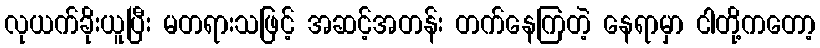
လုယက်ခိုးယူပြီး မတရားသဖြင့် အဆင့်အတန်း တက်နေကြတဲ့ နေရာမှာ ငါတို့ကတော့